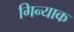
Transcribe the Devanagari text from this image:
गिन्याक